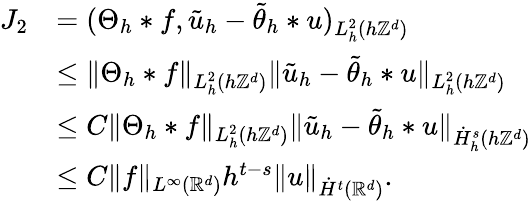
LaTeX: \begin{array}{rl}{J_{2}}&{=(\Theta_{h}*f,\tilde{u}_{h}-\tilde{\theta}_{h}*u)_{L_{h}^{2}(h\mathbb{Z}^{d})}}\\ &{\le\| \Theta_{h}*f\| _{L_{h}^{2}(h\mathbb{Z}^{d})}\| \tilde{u}_{h}-\tilde{\theta}_{h}*u\| _{L_{h}^{2}(h\mathbb{Z}^{d})}}\\ &{\le C\| \Theta_{h}*f\| _{L_{h}^{2}(h\mathbb{Z}^{d})}\| \tilde{u}_{h}-\tilde{\theta}_{h}*u\| _{\dot{H}_{h}^{s}(h\mathbb{Z}^{d})}}\\ &{\le C\| f\| _{L^{\infty}(\mathbb{R}^{d})}h^{t-s}\| u\| _{\dot{H}^{t}(\mathbb{R}^{d})}.}\end{array}